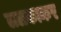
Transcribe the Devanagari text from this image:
ललकाकर